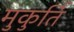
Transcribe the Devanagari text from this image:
मुकुर्ति